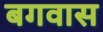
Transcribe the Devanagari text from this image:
बगवास